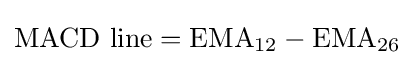
{\text{MACD line}}={\text{EMA}}_{12}-{\text{EMA}}_{26}